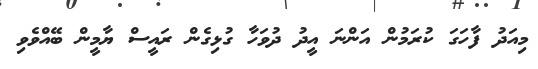
މިއަދު ފާހަގަ ކުރަމުން އަންނަ އީދު ދުވަހާ ގުޅިގެން ރައީސް ޔާމީން ބޭއްވެވި